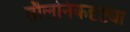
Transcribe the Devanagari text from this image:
तौलनिकदृष्ट्या